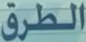
الطرق